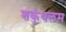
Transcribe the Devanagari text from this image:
शकुंथलम